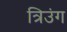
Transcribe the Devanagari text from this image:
त्रिउंग